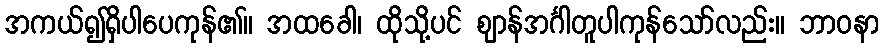
အကယ်၍ရှိပါပေကုန်၏။ အထခေါ၊ ထိုသို့ပင် ဈာန်အင်္ဂါတူပါကုန်သော်လည်း။ ဘာဝနာ